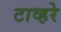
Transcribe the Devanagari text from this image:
टाव्हरे